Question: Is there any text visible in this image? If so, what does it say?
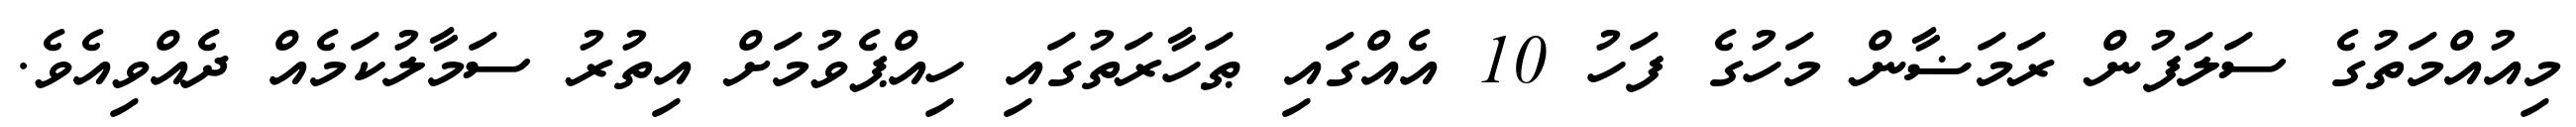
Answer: މިއުއްމަތުގެ ސަލަފުން ރަމަޟާން މަހުގެ ފަހު 10 އެއްގައި ޠަހާރަތުގައި ހިއްޕެވުމަށް އިތުރު ސަމާލުކަމެއް ދެއްވިއެވެ.